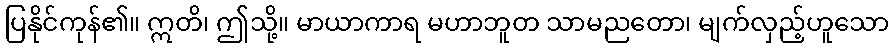
ပြနိုင်ကုန်၏။ ဣတိ၊ ဤသို့။ မာယာကာရ မဟာဘူတ သာမညတော၊ မျက်လှည့်ဟူသော